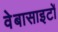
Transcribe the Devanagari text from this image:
वेबासाइटों